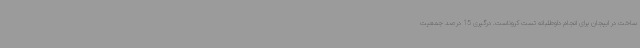
ساخت در ابیجان برای انجام داوطلبانه تست کروناست. درگیری 15 درصد جمعیت